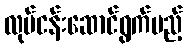
လုပ်ငန်းဆောင်ရွက်မည့်